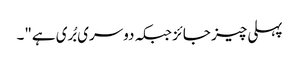
پہلی چیز جائز جبکہ دوسری بُری ہے"۔